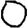
Digit: 0